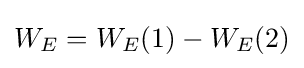
W_{E}=W_{E}(1)-W_{E}(2)